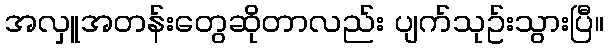
အလှူအတန်းတွေဆိုတာလည်း ပျက်သုဥ်းသွားပြီ။